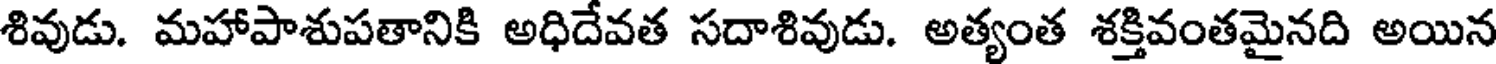
శివుడు. మహాపాశుపతానికి అధిదేవత సదాశివుడు. అత్యంత శక్తివంతమైనది అయిన